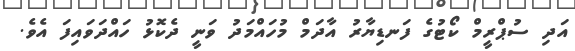
އަދި ސުޕްރީމް ކޯޓުގެ ފަނޑިޔާރު އާދަމް މުހައްމަދު ވަނީ ދެކޮޅު ހައްދަވައިފަ އެވެ.